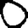
Digit: 0